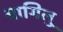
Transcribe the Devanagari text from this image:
बागिलु